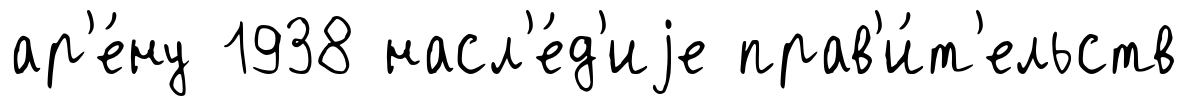
ар'е́ну 1938 насл'е́д'иjе прав'и́т'ельств